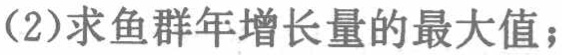
(2)求鱼群年增长量的最大值；